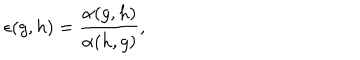
LaTeX: \epsilon ( g , h ) = \frac { \alpha ( g , h ) } { \alpha ( h , g ) } ,